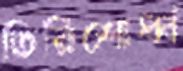
তিরিশোর্ধ্ব